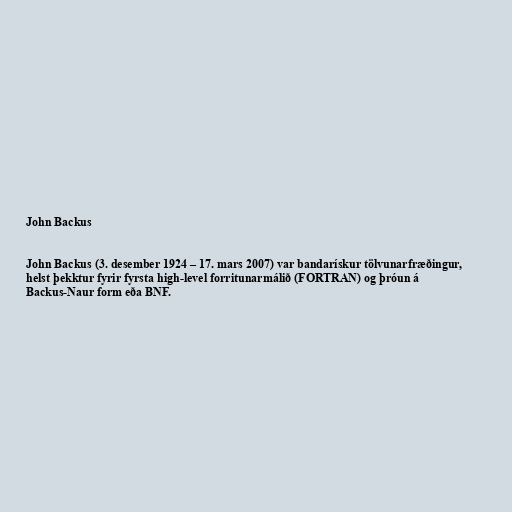
John Backus

John Backus (3. desember 1924 – 17. mars 2007) var bandarískur tölvunarfræðingur,
helst þekktur fyrir fyrsta high-level forritunarmálið (FORTRAN) og þróun á
Backus-Naur form eða BNF.